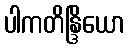
ပါကတိန္ဒြိယော